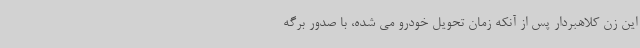
این زن کلاهبردار پس از آنکه زمان تحویل خودرو می شده، با صدور برگه